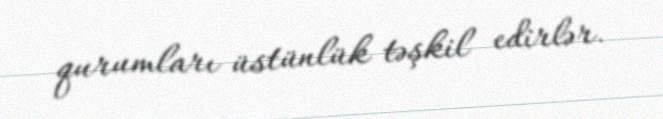
qurumları üstünlük təşkil edirlər.